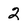
Character: 2